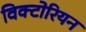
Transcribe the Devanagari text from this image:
विक्‍टोरियन